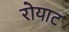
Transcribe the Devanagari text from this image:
रोयाट